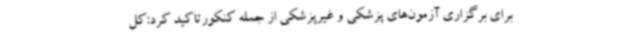
برای برگزاری آزمون‌های پزشکی و غیرپزشکی از جمله کنکورتاکید کرد:کل